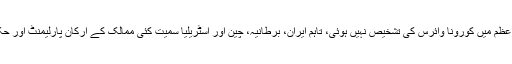
خیال رہے کہ اگرچہ تاحال کسی بھی ملک کے صدر یا وزیر اعظم میں کورونا وائرس کی تشخیص نہیں ہوئی، تاہم ایران، برطانیہ، چین اور آسٹریلیا سمیت کئی ممالک کے ارکان پارلیمنٹ اور حکومتی عہدیداروں میں کورونا وائرس کی تشخیص ہو چکی ہے۔